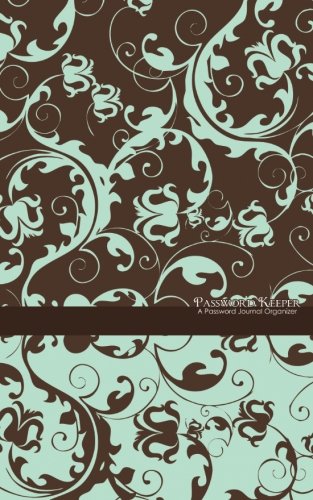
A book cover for Password Keeper: A Password Journal Organizer (blue & brown floral); Cool Journals; Computers & Technology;